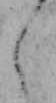
え